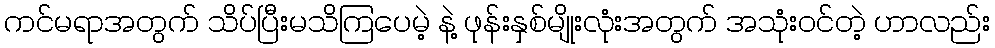
ကင်မရာအတွက် သိပ်ပြီးမသိကြပေမဲ့ နဲ့ ဖုန်းနှစ်မျိုးလုံးအတွက် အသုံးဝင်တဲ့ ဟာလည်း